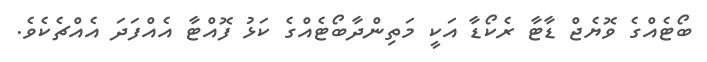
ބޯޓެއްގެ ވޮޔެޖް ޑާޓާ ރެކޯޑާ އަކީ މަތިންދާބޯޓެއްގެ ކަޅު ފޮއްޓާ އެއްފަދަ އެއްޗެކެވެ.